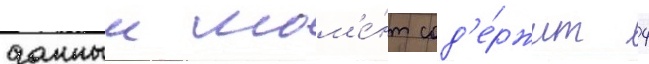
данныи мом'е́нт сод'е́ржит 4